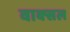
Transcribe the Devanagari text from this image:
वाक्‍सल